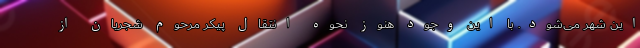
این شهر می‌شود. با این وجود هنوز نحوه انتقال پیکر مرحوم شجریان از